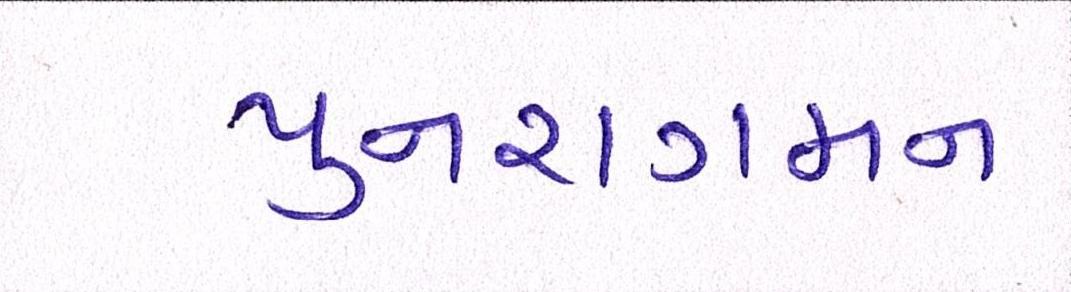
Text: પુનરાગમન